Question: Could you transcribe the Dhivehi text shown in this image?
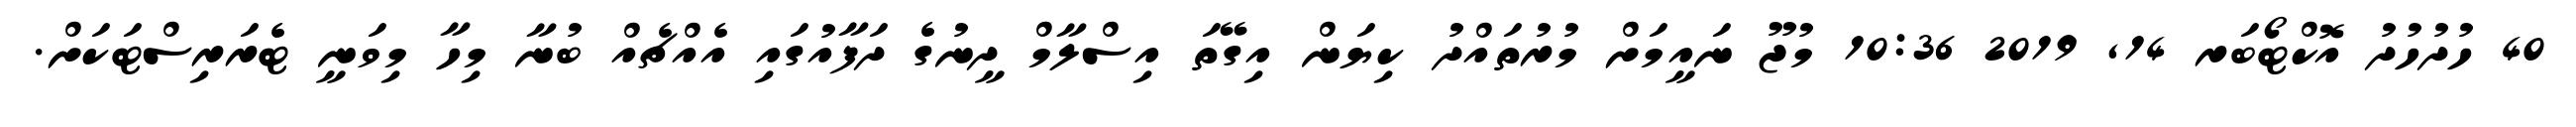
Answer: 40 ހުދުހުދު އޮކްޓޯބަރ 14, 2019 10:36 މުޖޫ ނައީމަށް މުރުތައްދު ކިޔަން އިގޭތަ އިސްލާމް ދީނުގެ ދަފާއުގައި އެއްޗެއް ބުނާ މިހާ މިވަނީ ޓެރަރިސްޓަކަށް.